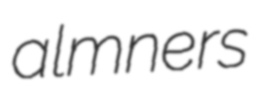
almners